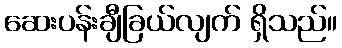
ဆေးပန်းချီခြယ်လျက် ရှိသည်။